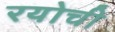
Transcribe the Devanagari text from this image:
रयोची